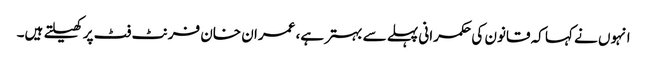
انہوں نے کہا کہ قانون کی حکمرانی پہلے سے بہتر ہے، عمران خان فرنٹ فٹ پر کھیلتے ہیں۔